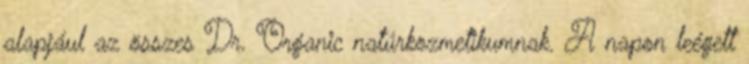
alapjául az összes Dr. Organic natúrkozmetikumnak. A napon leégett